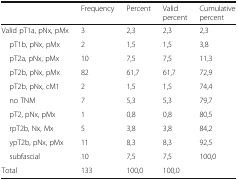
<table><thead><tr><td></td><td><b>Frequency</b></td><td><b>Percent</b></td><td><b>Valid percent</b></td><td><b>Cumulative percent</b></td></tr></thead><tbody><tr><td>Valid pT1a, pNx, pMx</td><td>3</td><td>2,3</td><td>2,3</td><td>2,3</td></tr><tr><td> pT1b, pNx, pMx</td><td>2</td><td>1,5</td><td>1,5</td><td>3,8</td></tr><tr><td> pT2a, pNx, pMx</td><td>10</td><td>7,5</td><td>7,5</td><td>11,3</td></tr><tr><td> pT2b, pNx, pMx</td><td>82</td><td>61,7</td><td>61,7</td><td>72,9</td></tr><tr><td> pT2b, pNx, cM1</td><td>2</td><td>1,5</td><td>1,5</td><td>74,4</td></tr><tr><td> no TNM</td><td>7</td><td>5,3</td><td>5,3</td><td>79,7</td></tr><tr><td> pT2, pNx, pMx</td><td>1</td><td>0,8</td><td>0,8</td><td>80,5</td></tr><tr><td> rpT2b, Nx, Mx</td><td>5</td><td>3,8</td><td>3,8</td><td>84,2</td></tr><tr><td> ypT2b, pNx, pMx</td><td>11</td><td>8,3</td><td>8,3</td><td>92,5</td></tr><tr><td> subfascial</td><td>10</td><td>7,5</td><td>7,5</td><td>100,0</td></tr><tr><td>Total</td><td>133</td><td>100,0</td><td>100,0</td><td></td></tr></tbody></table>